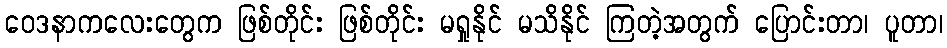
ဝေဒနာကလေးတွေက ဖြစ်တိုင်း ဖြစ်တိုင်း မရှုနိုင် မသိနိုင် ကြတဲ့အတွက် ပြောင်းတာ၊ ပူတာ၊